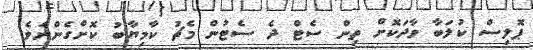
ޕޮލިސް ކުލަބާ ވާދަކަޮށް ތިން ސެޓް ދެ ސެޓުން މެޗު ކާމިޔާބު ކޮށްގެންނެވެ.